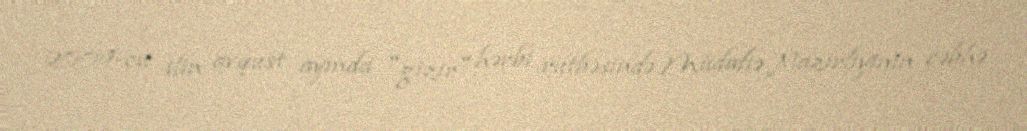
2009-cu ilin avqust ayında "gizir" hərbi rütbəsində Müdafiə Nazirliyinin cəbhə